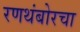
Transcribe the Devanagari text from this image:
रणथंबोरचा